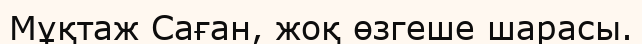
Мұқтаж Саған, жоқ өзгеше шарасы.